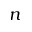
n